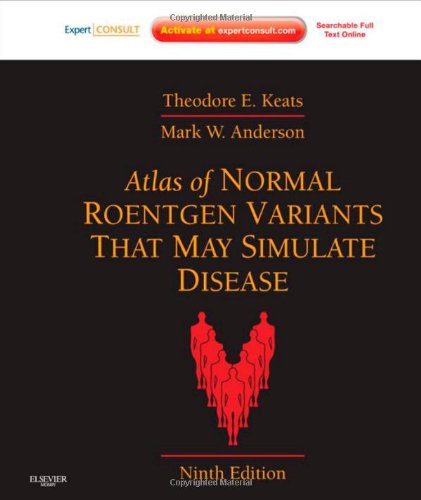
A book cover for Atlas of Normal Roentgen Variants That May Simulate Disease: Expert Consult - Enhanced Online Features and Print, 9e; Theodore E. Keats MD; Medical Books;